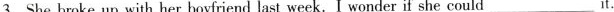
3.She broke up with her boyfriend last week.I wonder if she could___it.